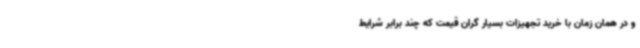
و در همان زمان با خرید تجهیزات بسیار گران قیمت که چند برابر شرایط